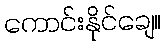
ကောင်းနိုင်ချေ။